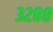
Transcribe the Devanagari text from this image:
३२८८